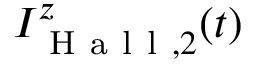
I _ { \mathrm { ~ H ~ a ~ l ~ l ~ } , 2 } ^ { z } ( t )